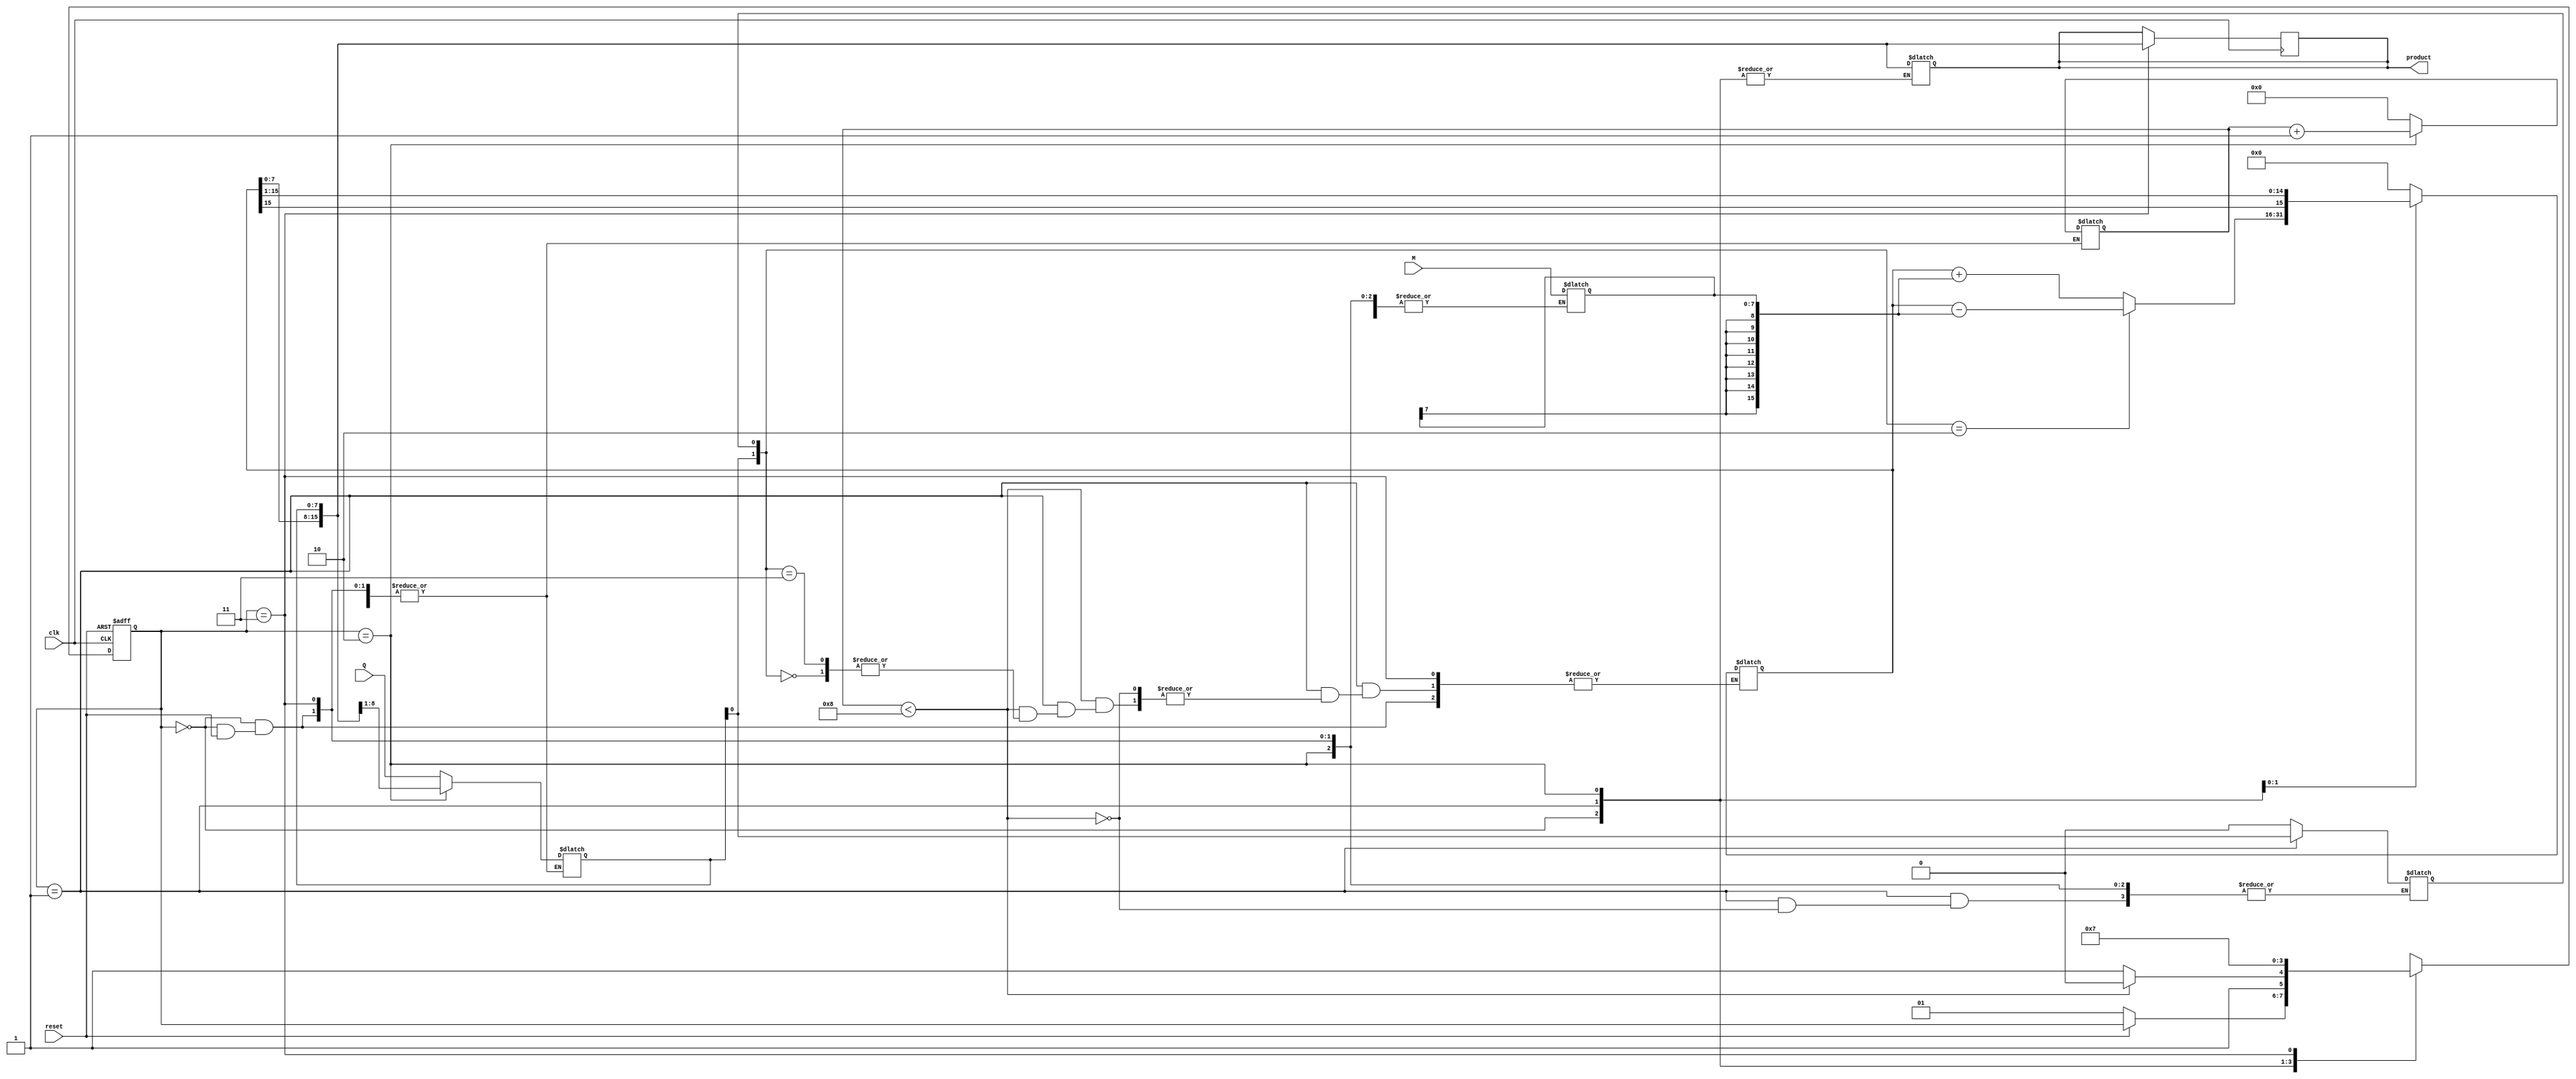
module booth_multiplier #(
    parameter N = 8  // Bit-width of the multiplicand and multiplier
)(
    input wire clk,
    input wire reset,
    input wire [N-1:0] M,      // Multiplicand
    input wire [N-1:0] Q,      // Multiplier
    output reg [2*N-1:0] product // Product (A, Q)
);

    reg [N-1:0] Q_reg;          // Multiplier register
    reg [N-1:0] M_reg;          // Multiplicand register
    reg [2*N-1:0] A;            // Accumulator
    reg Q_minus_1;              // Previous bit register
    reg [3:0] count;            // Counter for iterations

    // State machine states
    localparam IDLE = 2'b00, 
               EXECUTE = 2'b01, 
               SHIFT = 2'b10, 
               DONE = 2'b11;
    
    reg [1:0] state, next_state;

    // Initial state
    always @(posedge clk or posedge reset) begin
        if (reset) begin
            state <= IDLE;
        end else begin
            state <= next_state;
        end
    end

    // State transition and operations
    always @(*) begin
        next_state = state;
        case (state)
            IDLE: begin
                if (reset == 1'b0) begin
                    // Initialize registers
                    A = 0;
                    Q_reg = Q;
                    M_reg = M;
                    Q_minus_1 = 0;
                    count = 0;
                    next_state = EXECUTE;
                end
            end
            
            EXECUTE: begin
                if (count < N) begin
                    case ({Q_reg[0], Q_minus_1})
                        2'b00: begin
                            // No operation
                        end
                        2'b01: begin
                            // A = A + M
                            A = A + { {N{M_reg[N-1]}}, M_reg }; // Sign-extend M
                        end
                        2'b10: begin
                            // A = A - M
                            A = A - { {N{M_reg[N-1]}}, M_reg }; // Sign-extend M
                        end
                        2'b11: begin
                            // No operation
                        end
                    endcase
                    Q_minus_1 = Q_reg[0]; // Update Q-1
                    next_state = SHIFT;   // Move to shifting
                end else begin
                    next_state = DONE;     // Finished
                end
            end
            
            SHIFT: begin
                // Arithmetic right shift
                {A, Q_reg} = {A[2*N-1], A, Q_reg} >> 1; // Shift A and Q together
                count = count + 1; // Increment count
                next_state = EXECUTE; // Go back to execute
            end
            
            DONE: begin
                // Hold the final product
                product = {A, Q_reg}; // Output the product
                next_state = DONE; // Stay in DONE state
            end
        endcase
    end

    // Output the product when done
    always @(posedge clk) begin
        if (state == DONE) begin
            product <= {A, Q_reg};
        end
    end

endmodule